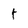
Character: t